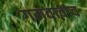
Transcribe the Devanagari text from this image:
गमवावाच